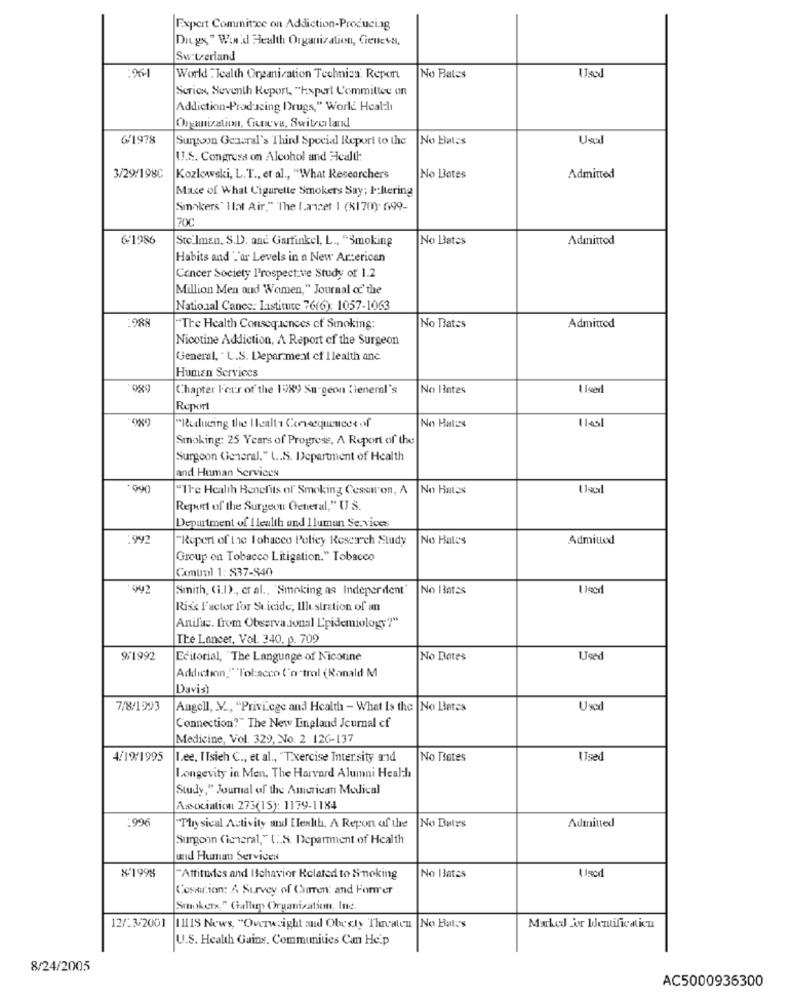
Expert Commitzce on Addiction-Producing
DiLgx " Win'd Health Organization, Cieucva,
Switzerland
World : Tealth Organization Technics. Repor
No Rates
Scriex, Seventh Report, "Expert Committee on
Addiction-Producing Drugs," World Health
Organisation, Guneva, Switzerland
6/1978
Surgeon General's Third Special Report to the
No Batas
Usul
U.S. Congress on Alcohol and Health:
3/29/198C
Kozlowski, L. T ., et al ., "What Researchers
No Botes
Admitted
Mace of What Cigarette Smokers Say: I:Itering
Smokers' Ilat Air." The Lancet 1 (K170)- 699-
70C
6-1986
Sto Imen. S.D. and Garfinkel, L ., "Smoking
No Bates
Admittod
Habits and '.'or Levels in a New Ar:erican
Cancer Society Prospective Study of 1.2
Million Men and Women," Journal of' the
National Cance: Lastitute 76(6): 1057-1063
The Health Consequences of Smoking:
No Bates
Admitted
Nicotine Addiction, A Report of the Surgeon
General, . L.S. Depar.meat cf Ilealth anc
Human Services
Chapter Four of the 1989 Sm-geon {leneral's
No Bintes
1 1 ved
Report
"Reducing the Health Consequences of
No Bat:ss
Smoking: 25 Years of Progress, A Report of the
Surgeon General," L.S. Department of Health
and Human Services
000
"11-c Health Benefits of Smoking Cessaron, A
No Hatss
Usal
Report of the Surgeon General," U S.
Department of Ilealth and Ilumun Services
942
"Ropert of the Tobacco Policy Research Study
No Hates
Admitted
Group on Tobacco Litigation." Tobacco
Comumol 1: 837-840
992
Smith, (i.I), cr al ., 'Smoking as Indeperdent'
No Batss
Risk Factor for Suicide, Illustration of an
Anifuc. from Observa.ional L'pidemiology?"
The Lancer, Vol. 340. p. 709
9/1992
Editorial, "The Language of Nicotine
No Botes
Used
Addiction,""Tobacco ('n"trol (Ronald M
Davis
7/8/1993
Angell, V ., "Privilege and Health - What Is the |No Betes
Used
Connection?" The New England Journal cf
Medicine, Vol. 329, No. 2 126-137
4/19/1995
Lee, ITsich C ., et al ., "Txercise Inter.sity and
No Tates
Used
Longevity in Men, The Harvard Alumni Health
Study," Journal of the American Medical
Association 273(15): 1179-1184
996
Physical Activity and [leslth, A Report of the
No Dules
Admitted
Surgeon (ieneral," [ .. S. Department of Health
und Human Services
N1998
No 13ates
Used
"Attitudes and Ichavior Related to S-noking
Cosaution: A Survey of Curren: and Former
Smokerx" Gallery Organization, Inc.
12/23/2001
11115 News, "Overweight and Obesity Threaten |No Bates
Marked or Identification
U.S. Health Gains. Communities Can He.p
8/24/2005
AC5000936300